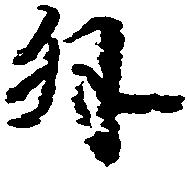
外